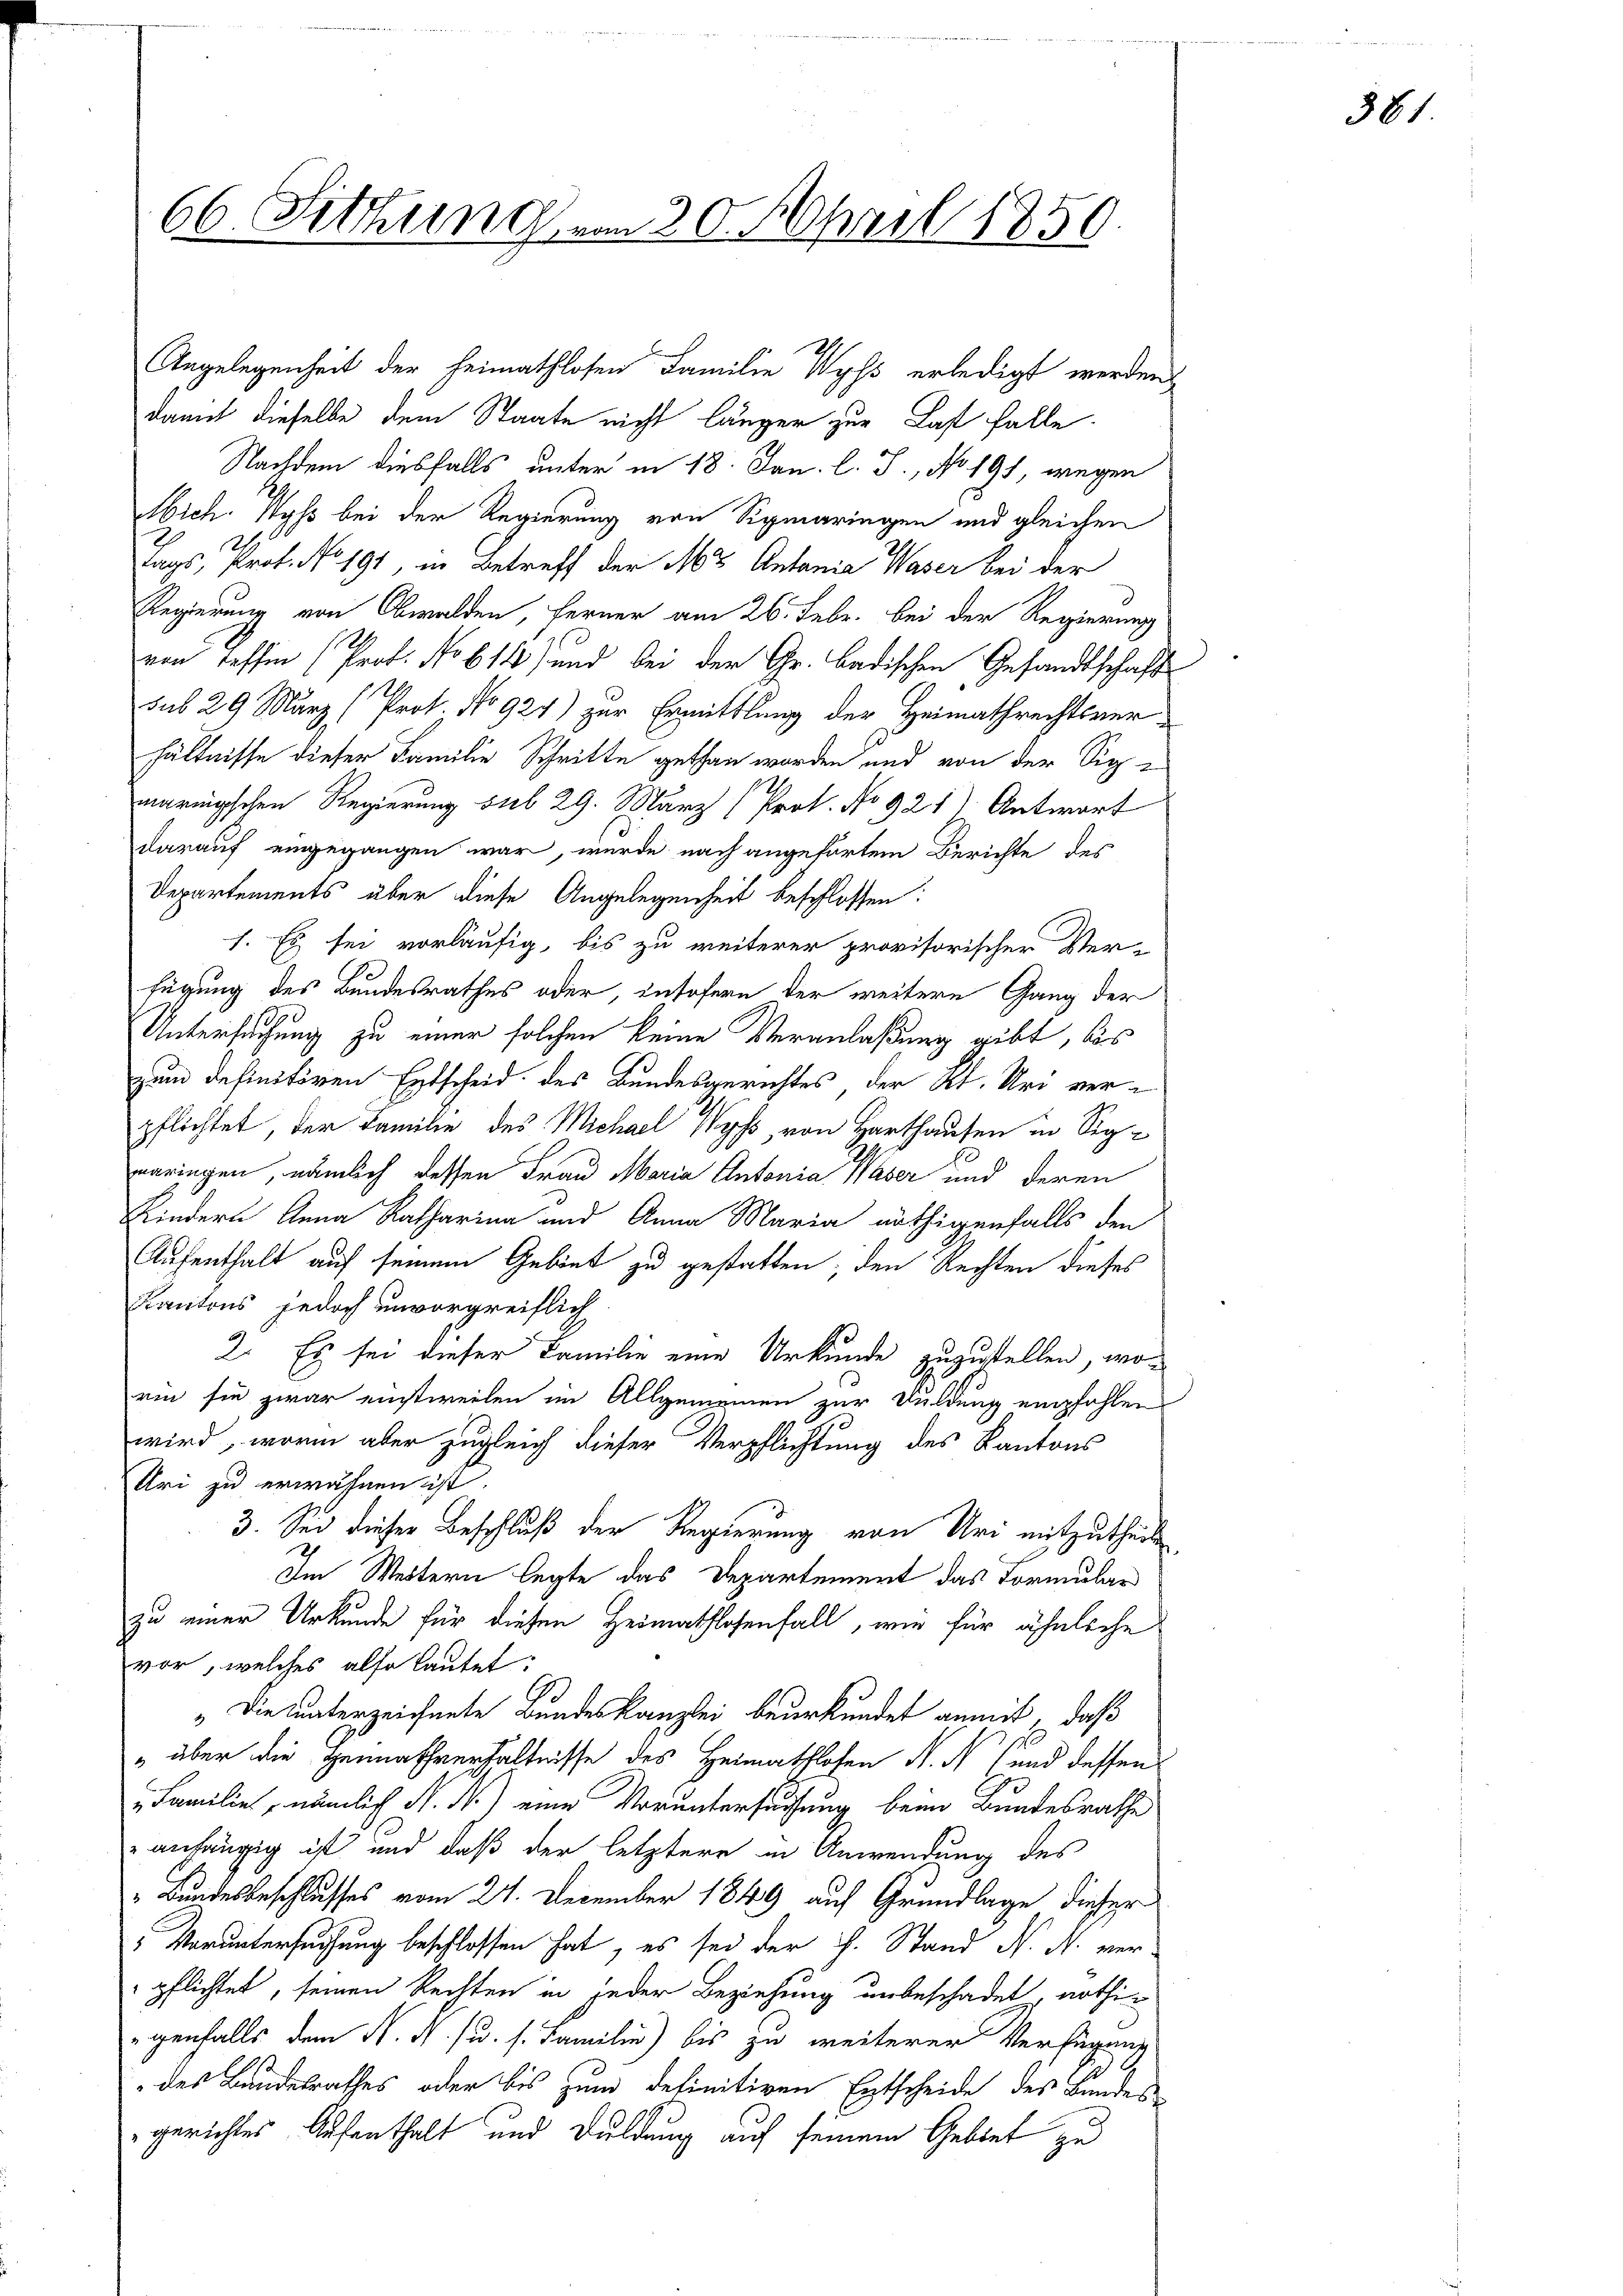
66. Sitzung vom 30. April 1859.

Angelegenheit der Heimathlosen Familie Wyss erledigt werden
damit dieselbe dem Staate nicht länger zur Last falle
Nachdem diesfalls unter in 18. Jan. l. J., No 191, wegen
Mich. Wyss bei der Regierung von Sigmaringen und gleichen
Tags, Prof. No. 191, in Betreff der Mr Antania Waser bei der
Regierung von Obwalden, ferner am 26. Febr. bei der Regierung
von Tessin (Prof. No 614) und bei der Gr. Badischen Gesandtschaft
sub 29 März (Prot. No 924) zur Ermittlung der Heimathrechtsverhältnisse dieser Familie Schritte gethan worden und von der Sign
maringschen Regierung sub 29. März (Prot. No 921) Antwort
darauf eingegangen war, wurde nach angehörtem Berichte des
Departements über diese Angelegenheit beschlossen:
1. Es sei vorläufig, bis zu weiterer provisorischer Ver-
fügung des Bundesrathes oder, insofern der weitere Gang der
Untersuchung zu einer solchen keine Veranlaßung gibt, bis
zum definitiren Entscheid des Bundesgerichtes der Kl. Uri verpflichtet, der Familie des Michael Wyss, von Harthausen in Sigeeringen, nämlich dessen Frau Maria Antonia Waser und deren
Kindern Anna Katharina und Anna Maria nöthigenfalls den
Aufenthalt auf seinem Gebiet zu gestatten; den Rechten dieses
Kantons jedoch unvorgreiflich
2. Es sei dieser Familie eine Urkunde zuzustellen, wo-
rin sie zwar einstweilen im Allgemeinen zur Duldung empfahlen
wird, worin aber zugleich dieser Verpflichtung des Kantons
Uri zu erwähnen ist.
3. Sei dieser Beschluß der Regierung von Uri mitzutheil
Im Weitern legte das Departement das Formular
zu einer Urkunde für diesen Heimathlosenfall, wie für ähnliche
vor, welches also lautet:
"Die unterzeichnete Bundeskanzlei beurkundet anmit, daß
" über die genatsverhältnisse des Heimathlofen N. N. (und dessen
„Familie, nämlich N. N.) eine Voruntersuchung beim Bundesrathe
anhängig ist und daß der letztere in Anwendung des
"Bundesbeschlusses vom 24. December 1849 auf Grundlage dieser
"Voruntersuchung beschlossen hat, es sei der h. Stand N. N. ver
pflichtet, seinen Rechten in jeder Beziehung unbeschadet, nothi
genfalls dem N. N. u. s. Familie) bis zu weiterer Verfügung
des Bundesrathes oder bis zum definitiven Entscheide des Bundesgerichtes Aufenthalt und Duldung auf seinem Gebiet zu

381.